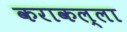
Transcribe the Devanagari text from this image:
कराकल्ला